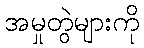
အမှုတွဲများကို